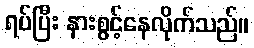
ရပ်ပြီး နားစွင့်နေလိုက်သည်။